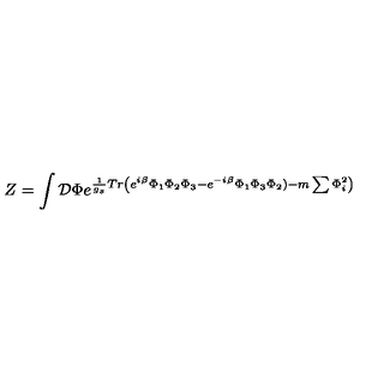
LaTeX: Z = \int \mathcal { D } \Phi e ^ { \frac 1 { g _ { s } } T r \left( e ^ { i \beta } \Phi _ { 1 } \Phi _ { 2 } \Phi _ { 3 } - e ^ { - i \beta } \Phi _ { 1 } \Phi _ { 3 } \Phi _ { 2 } ) - m \sum \Phi _ { i } ^ { 2 } \right) }